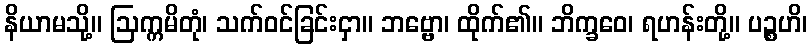
နိယာမသို့။ ဩက္ကမိတုံ၊ သက်ဝင်ခြင်းငှာ။ ဘဗ္ဗော၊ ထိုက်၏။ ဘိက္ခဝေ၊ ရဟန်းတို့။ ပဉ္စဟိ၊